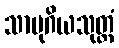
သာမုဂိယသုတ္တံ